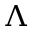
\Lambda